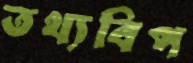
তথ্যবিপ